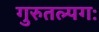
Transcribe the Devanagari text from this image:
गुरुतल्पगः